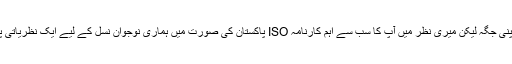
آپ کی یہ ساری خصوصیات اپنی جگہ لیکن میری نظر میں آپ کا سب سے اہم کارنامہ ISO پاکستان کی صورت میں ہماری نوجوان نسل کے لیے ایک نظریاتی پلیٹ فارم کا وجود میں لانا ہے۔